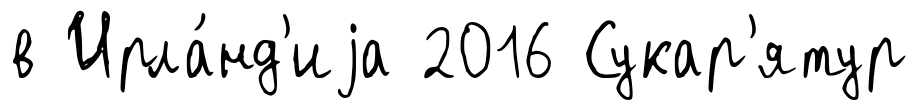
в Ирла́нд'иjа 2016 Сукар'ятур